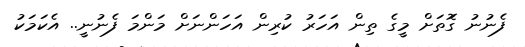
ފެނުނު ގޮަތަށް މީގެ ތިން އަހަރު ކުރިން އަހަންނަށް މަންމަ ފެނުނީ.. އެކަމަކު